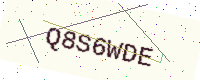
Text: Q8S6WDE